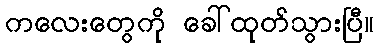
ကလေးတွေကို ခေါ်ထုတ်သွားပြီ။